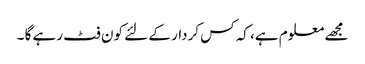
مجھے معلوم ہے، کہ کس کردار کے لئے کون فٹ رہے گا ۔